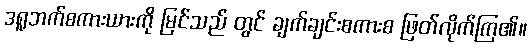
ဒရူဘက်စကားယားကို မြင်သည် တွင် ချက်ချင်းစကားစ ဖြတ်လိုက်ကြ၏။